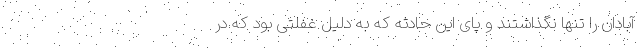
آبادان را تنها نگذاشتند و پای این حادثه که به دلیل غفلتی بود که در